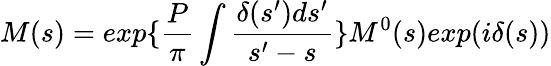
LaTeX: M(s)=exp\{ \frac{P}{\pi}\int\frac{\delta(s^{\prime})ds^{\prime}}{s^{\prime}-s}\} M^{0}(s)exp(i\delta(s))